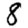
Digit: 8